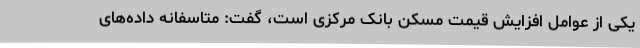
یکی از عوامل افزایش قیمت مسکن بانک مرکزی است، گفت: متاسفانه داده‌های